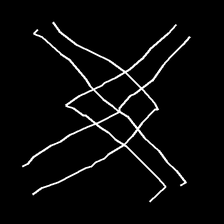
Glyph: crystal